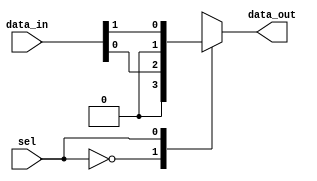
module parameterized_mux #(
    parameter N = 2  // Default value for N is 2
) (
    input  wire [N-1:0] data_in,  // N input data lines
    input  wire [$clog2(N)-1:0] sel, // log2(N)-bit selection input
    output reg  [N-1:0] data_out   // Output data line
);

    // Always block for behavioral modeling
    always @(*) begin
        case (sel)
            // Route the selected input to the output
            0: data_out = data_in[0];
            1: data_out = data_in[1];
            2: data_out = data_in[2];
            3: data_out = data_in[3];
            // Add more cases as needed based on N
            // Default case for invalid selection
            default: data_out = {N{1'b0}}; // Set output to 0 for invalid selection
        endcase
    end

endmodule